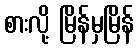
စားလို့ မြိန်မှမြိန်